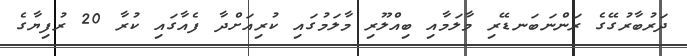
ދަރުބާރުގޭގެ ރަންނަބަނޑޭރި މާލަމާއި ބިއްލޫރި މާލަމުގައި ކުރިއަށްދާ ފެއާގައި ކުރާ 20 ރުފިޔާގެ